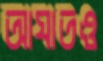
আঘাতও